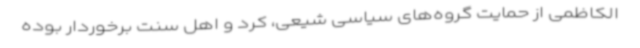
الکاظمی از حمایت گروه‌های سیاسی شیعی، کرد و اهل سنت برخوردار بوده